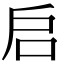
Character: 启